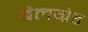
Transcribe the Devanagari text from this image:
बैलग्रेड